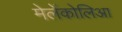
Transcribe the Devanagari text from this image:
मेलेंकोलिआ